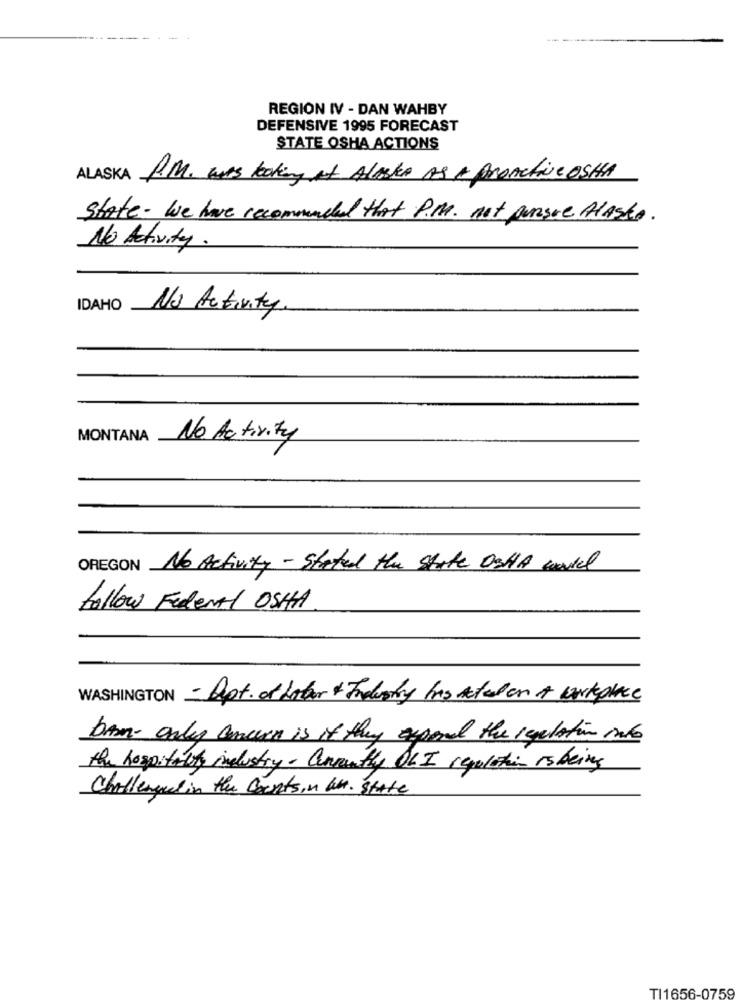
---
REGION IV - DAN WAHBY
DEFENSIVE 1995 FORECAST
STATE OSHA ACTIONS
ALASKA R.M. was looking At ALASKA AS A PROActive OSHA
State - We have recommended that P.M. not pursue Alasto.
No Activity.
IDAHO
No Activity
MONTANA No Activity
OREGON No Activity- Stated the State OsHA move
follow Federal OSHH.
WASHINGTON - Dept. of Lober & Industry has Actaden A workplace
barn- only concern is if they expand the regulation me
the hospitality industry. Currently OLI regulation isbeing
Challenged in the Countsin Un. state
TI1656-0759